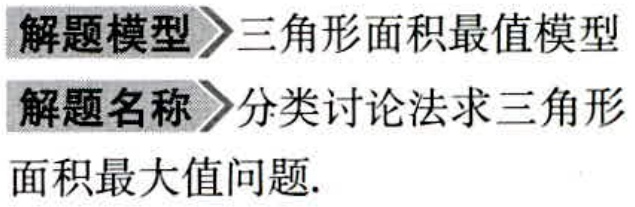
解题模型$\to$三角形面积最值模型

解题名称$\to$分类讨论法求三角形

面积最大值问题.